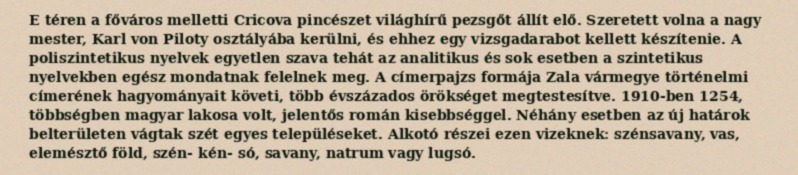
E téren a főváros melletti Cricova pincészet világhírű pezsgőt állít elő. Szeretett volna a nagy mester, Karl von Piloty osztályába kerülni, és ehhez egy vizsgadarabot kellett készítenie. A poliszintetikus nyelvek egyetlen szava tehát az analitikus és sok esetben a szintetikus nyelvekben egész mondatnak felelnek meg. A címerpajzs formája Zala vármegye történelmi címerének hagyományait követi, több évszázados örökséget megtestesítve. 1910-ben 1254, többségben magyar lakosa volt, jelentős román kisebbséggel. Néhány esetben az új határok belterületen vágtak szét egyes településeket. Alkotó részei ezen vizeknek: szénsavany, vas, elemésztő föld, szén- kén- só, savany, natrum vagy lugsó.